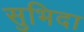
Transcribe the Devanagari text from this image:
सुभिदा